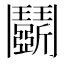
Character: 鬬